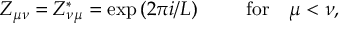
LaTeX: Z _ { \mu \nu } = Z _ { \nu \mu } ^ { * } = \exp \left( 2 \pi i / L \right) \mathrm { ~ ~ ~ ~ ~ ~ ~ f o r ~ ~ ~ } \mu < \nu ,